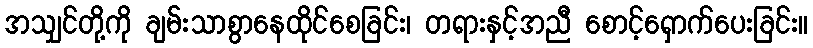
အသျှင်တို့ကို ချမ်းသာစွာနေထိုင်စေခြင်း၊ တရားနှင့်အညီ စောင့်ရှောက်ပေးခြင်း။